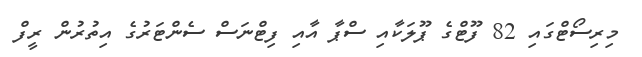
މިރިސޯޓްގައި 82 ފޫޓްގެ ޕޫލަކާއި ސްޕާ އާއި ފިޓްނަސް ސެންޓަރުގެ އިތުރުން ރީފް